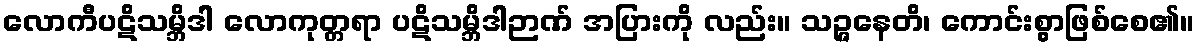
လောကီပဋိသမ္ဘိဒါ လောကုတ္တရာ ပဋိသမ္ဘိဒါဉာဏ် အပြားကို လည်း။ သဉ္ဇနေတိ၊ ကောင်းစွာဖြစ်စေ၏။